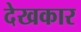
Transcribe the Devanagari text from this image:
देखकार